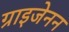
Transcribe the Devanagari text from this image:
ग्राइजेनन